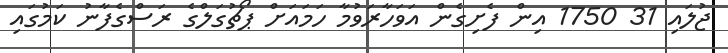
ޖުލައި 31 1750 އިން ފެށިގެން އަވަހާރަވުމާ ހަމައަށް ޕޯޗުގަލްގެ ރަސްގެފާނު ކަމުގައި